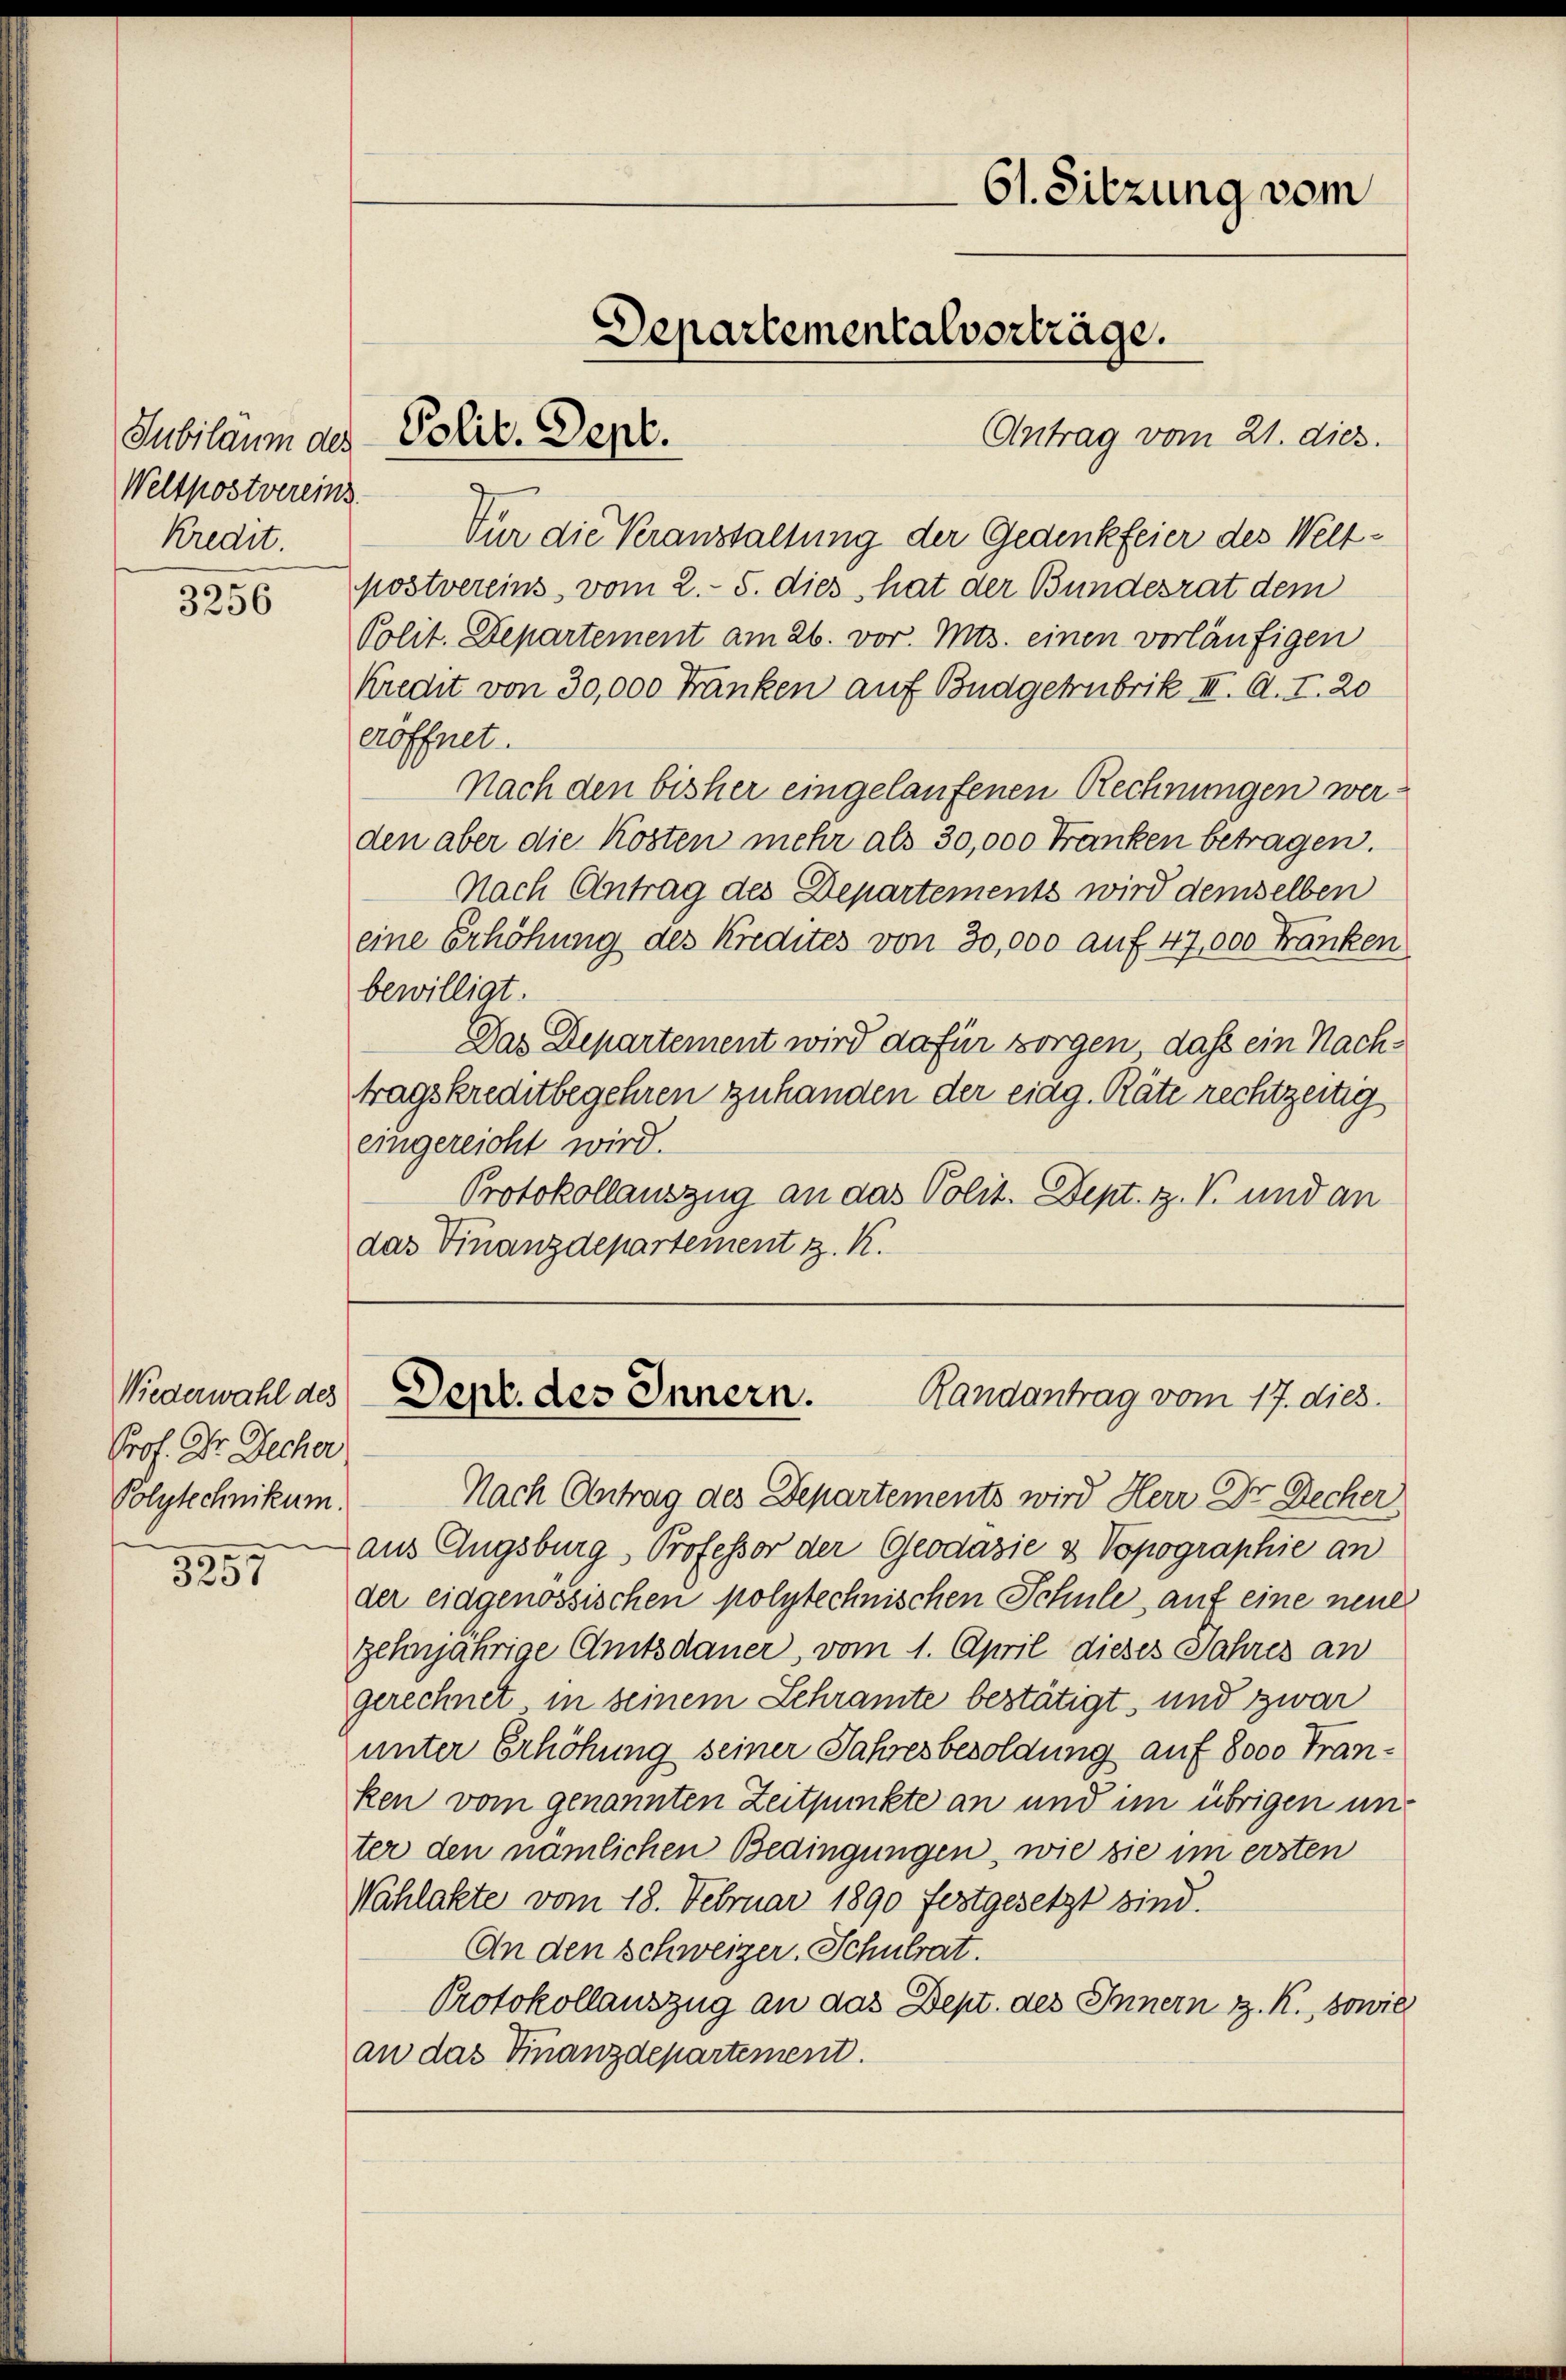
Jubiläum des
Weltpostvereins
Kredit.

3256

Niederwahl des
Prof. Dr. Decher
Polytechnikum.

3257

Antrag vom 21. dies.
Für die Veranstaltung der Gedenkfeier des Weltpostvereins vom 2. 5. dies, hat der Bundesrat dem
Polit. Departement am 26. vor. Mts. einen vorläufigen
Kredit von 30,000 Franken auf Budgetrubrik III. A. T. 20
eröffnet.
Nach den bisher eingelaufenen Rechnungen werden aber die Kosten mehr als 30,000 Franken betragen.
Nach Antrag des Departements wird demselben
eine Erhöhung des Kredites von 30,000 auf 47,000 Franken
bewilligt.
Das Departement wird dafür sorgen dass ein Nachtragskreditbegehren zuhanden der eidg. Räte rechtzeitig
eingereicht wird.
Protokollauszug an das Polit. Dept. Z. V. und an
das Finanzdepartement z. K.

61. Sitzung vom
Departementalverträge.

Polit. Sept.

Sept. des Innern.
Randantrag vom 17. dies.

Nach Antrag des Departements wird Herr Dr. Decker,
aus Augsburg, Professor der Geodasie & Vopographie an
der eidgenössischen polytechnischen Schule, auf eine neuer
zehnjährige Amtsdauer, vom 1. April dieses Jahres an
gerechnet in seinem Schramte bestätigt, und zwar
unter Erhöhung seiner Jahresbesoldung auf 8000 Franken vom genannten Zeitpunkte an und im übrigen unter den nämlichen Bedingungen, wie sie im ersten
Wahlakte vom 18. Februar 1890 festgesetzt sind.
An den Schweizer, Schulrat.
Protokollauszug an das Dept. des Innern z. K., sowie
an das Finanzdepartement.